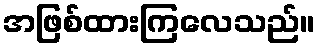
အဖြစ်ထားကြလေသည်။